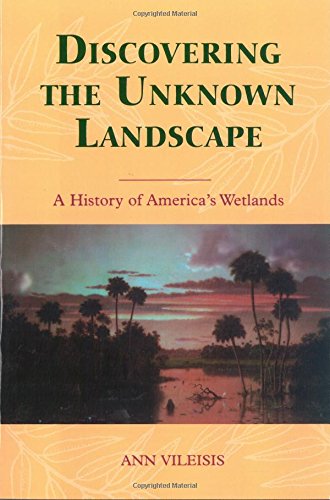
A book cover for Discovering the Unknown Landscape: A History Of America's Wetlands; Ann Vileisis; Science & Math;